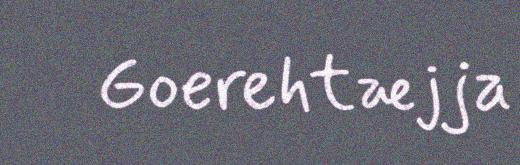
Goerehtæjja